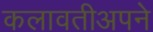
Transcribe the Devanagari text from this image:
कलावतीअपने